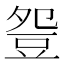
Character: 𧯡